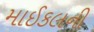
માઈકલની